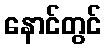
နောင်တွင်